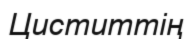
Циститтің